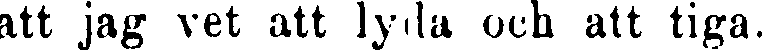
att jag vet att lyda och att tiga.